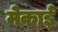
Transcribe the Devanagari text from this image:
मेकाई